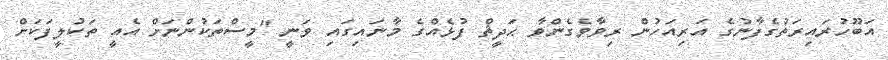
އަބޫހުރައިރަތުގެފާނުގެ އަރިއަހުން ރިވާވެގެންވާ ޙަދީޘް ފުޅެއްގެ މާނައިގައި ވަނީ "މީސްތަކުންނަށް އެއީ ތަކުލީފަކަށް